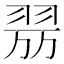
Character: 𦐟